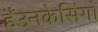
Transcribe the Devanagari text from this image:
हैंउनकेसिंगों